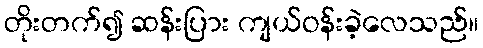
တိုးတက်၍ ဆန်းပြား ကျယ်ဝန်းခဲ့လေသည်။